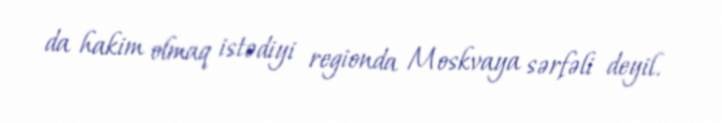
da hakim olmaq istədiyi regionda Moskvaya sərfəli deyil.